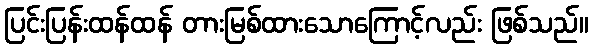
ပြင်းပြန်းထန်ထန် တားမြစ်ထားသောကြောင့်လည်း ဖြစ်သည်။